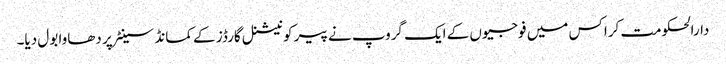
دارالحکومت کراکس میں فوجیوں کے ایک گروپ نے پیر کو نیشنل گارڈز کے کمانڈ سینٹر پر دھاوا بول دیا۔